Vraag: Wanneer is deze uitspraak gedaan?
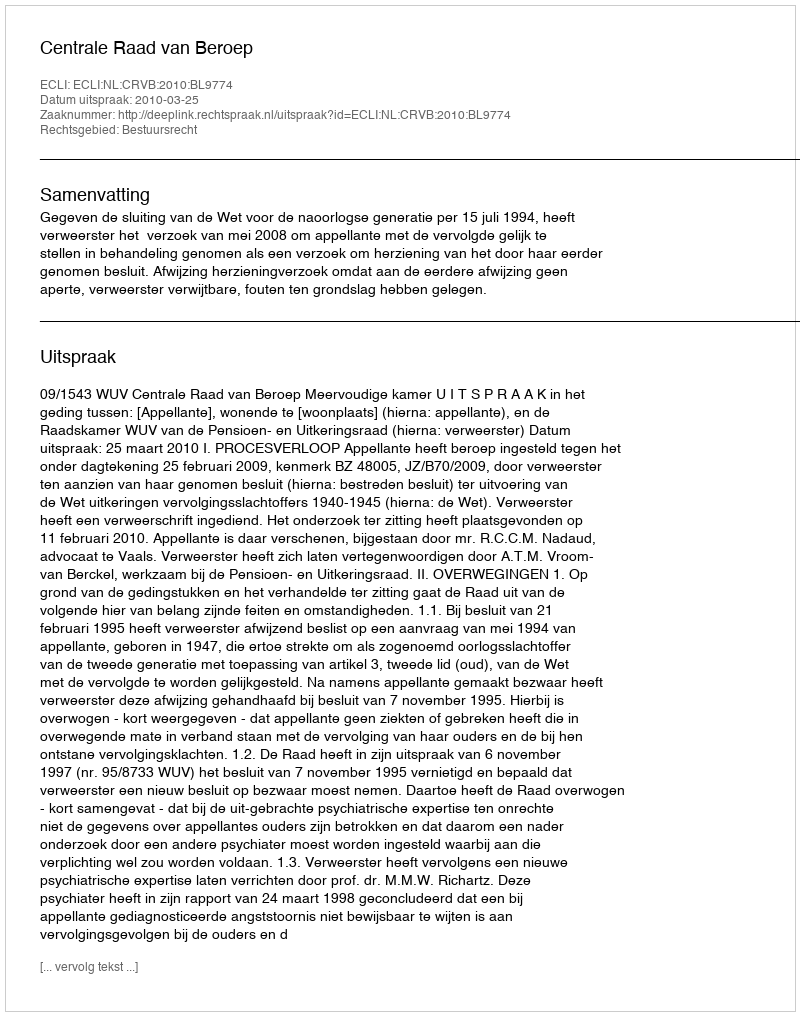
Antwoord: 2010-03-25